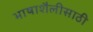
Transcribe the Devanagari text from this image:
भाषाशैलीसाठी